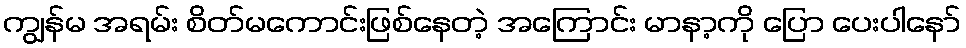
ကျွန်မ အရမ်း စိတ်မကောင်းဖြစ်နေတဲ့ အကြောင်း မာနာ့ကို ပြော ပေးပါနော်